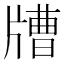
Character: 𤗰